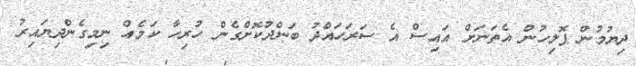
ދިޔުމުން ޕޮލިހުން އެތަނަށް އައިސް އެ ސަރަހައްދު ބަންދުކޮށްގެން ހުރިހާ ކަމެއް ނިމިގެންދިޔައިރު